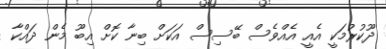
ދޫކުރުމަކީ އެއީ އެއްވެސް ބޭސިސް އަކަށް ބިނާ ކޮށް އިބޫ މެން ދައްކާ